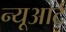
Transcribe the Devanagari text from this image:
न्यूआर्ट